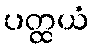
ပတ္ထယံ